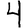
Digit: 4